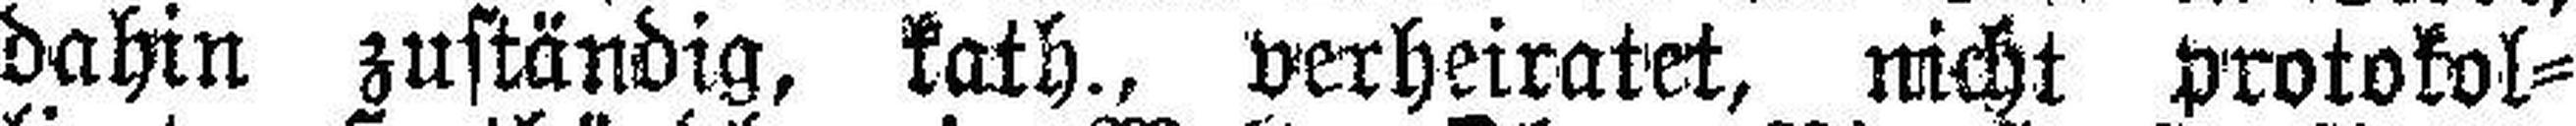
dahin zuständig, kath., verheiratet, nicht protokol¬